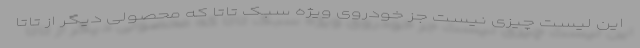
این لیست چیزی نیست جز خودروی ویژه سبک تاتا که محصولی دیگر از تاتا